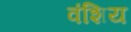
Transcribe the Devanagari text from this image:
वंशिय